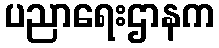
ပညာရေးဌာနက